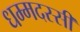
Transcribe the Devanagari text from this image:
धम्मदस्सी